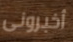
أخبرونى